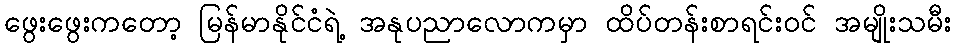
ဖွေးဖွေးကတော့ မြန်မာနိုင်ငံရဲ့ အနုပညာလောကမှာ ထိပ်တန်းစာရင်းဝင် အမျိုးသမီး